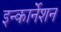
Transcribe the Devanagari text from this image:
इन्कार्नेशन